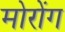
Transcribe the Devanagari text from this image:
मोरोंग